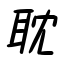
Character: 耽